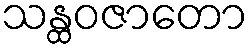
သန္ထဝဇာတော